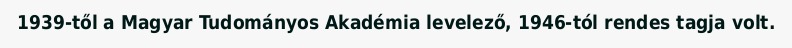
1939-től a Magyar Tudományos Akadémia levelező, 1946-tól rendes tagja volt.